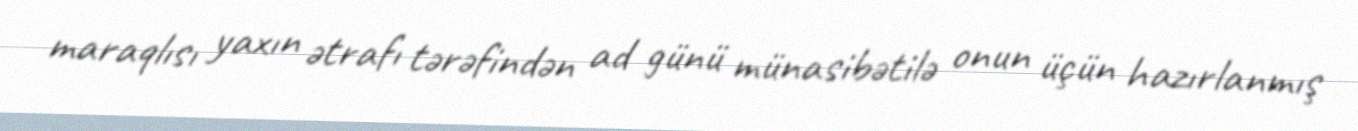
maraqlısı yaxın ətrafı tərəfindən ad günü münasibətilə onun üçün hazırlanmış